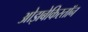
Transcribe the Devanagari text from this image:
ओझबेकिस्तॉन